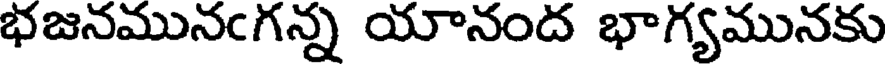
భజనమునఁగన్న యానంద భాగ్యమునకు